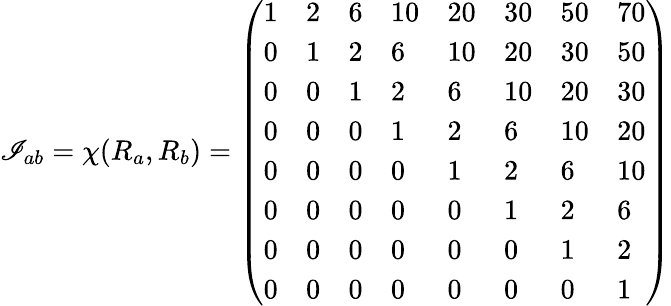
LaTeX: \mathscr{I}_{ab}=\chi(R_{a},R_{b})=\left(\begin{array}{llllllll}{{1}}&{{2}}&{{6}}&{{10}}&{{20}}&{{30}}&{{50}}&{{70}}\\ {{0}}&{{1}}&{{2}}&{{6}}&{{10}}&{{20}}&{{30}}&{{50}}\\ {{0}}&{{0}}&{{1}}&{{2}}&{{6}}&{{10}}&{{20}}&{{30}}\\ {{0}}&{{0}}&{{0}}&{{1}}&{{2}}&{{6}}&{{10}}&{{20}}\\ {{0}}&{{0}}&{{0}}&{{0}}&{{1}}&{{2}}&{{6}}&{{10}}\\ {{0}}&{{0}}&{{0}}&{{0}}&{{0}}&{{1}}&{{2}}&{{6}}\\ {{0}}&{{0}}&{{0}}&{{0}}&{{0}}&{{0}}&{{1}}&{{2}}\\ {{0}}&{{0}}&{{0}}&{{0}}&{{0}}&{{0}}&{{0}}&{{1}}\end{array}\right)